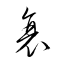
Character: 衰